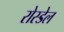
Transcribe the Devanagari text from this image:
रोस्डेल